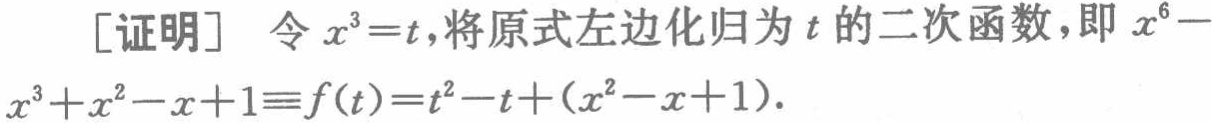
[证明] 令 \(x^{3}=t\)，将原式左边化归为 \(t\) 的二次函数，即 \(x^{6}-x^{3}+x^{2}-x + 1\equiv f(t)=t^{2}-t+(x^{2}-x + 1)\)。